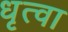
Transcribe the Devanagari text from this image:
धृत्वा